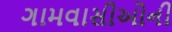
ગામવાસીઓની